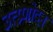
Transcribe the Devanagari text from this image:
उत्प्रणोदन